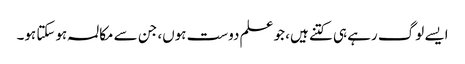
ایسے لوگ رہے ہی کتنے ہیں، جو علم دوست ہوں، جن سے مکالمہ ہوسکتا ہو۔